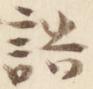
誥